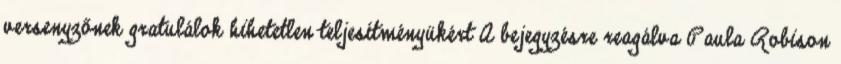
versenyzőnek gratulálok hihetetlen teljesítményükért A bejegyzésre reagálva Paula Robison